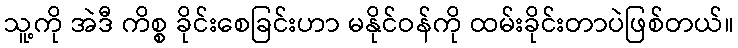
သူ့ကို အဲဒီ ကိစ္စ ခိုင်းစေခြင်းဟာ မနိုင်ဝန်ကို ထမ်းခိုင်းတာပဲဖြစ်တယ်။